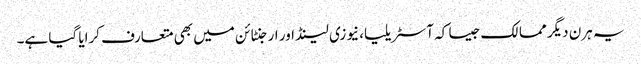
یہ ہرن دیگر ممالک جیسا کہ آسٹریلیا، نیوزی لینڈ اور ارجنٹائن میں بھی متعارف کرایا گیا ہے۔